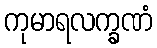
ကုမာရလက္ခဏံ